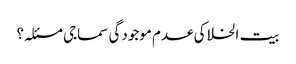
بیت الخلا کی عدم موجودگی سماجی مسئلہ؟